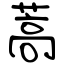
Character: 蒿